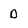
Character: D